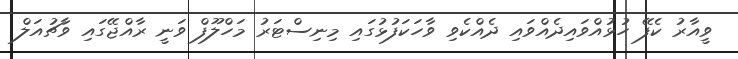
ވީއާރު ކެފޭ ހުޅުއްވައިދެއްވައި ދެއްކެވި ވާހަކަފުޅުގައި މިނިސްޓަރު މަހްލޫފް ވަނީ ރާއްޖޭގައި ވާޗުއަލް